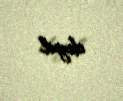
deyil.